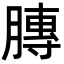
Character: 膞